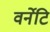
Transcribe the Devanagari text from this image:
वर्नेटि